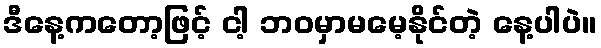
ဒီနေ့ကတော့ဖြင့် ငါ့ ဘဝမှာမမေ့နိုင်တဲ့ နေ့ပါပဲ။